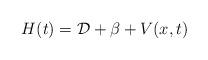
LaTeX: \begin{align*}H(t)=\mathcal{D}+\beta+V(x,t) \end{align*}